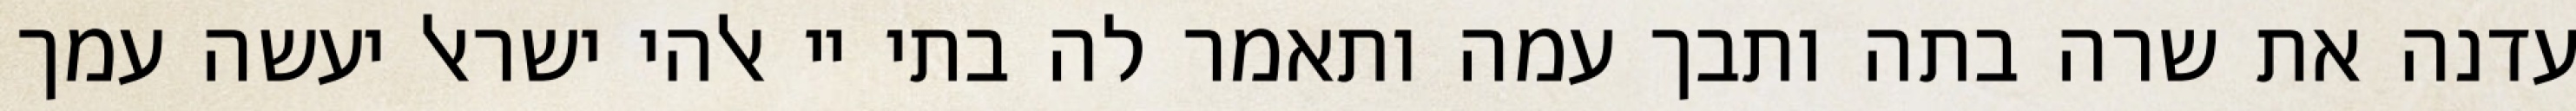
עדנה את שרה בתה ותבך עמה ותאמר לה בתי יי אלהי ישראל יעשה עמך